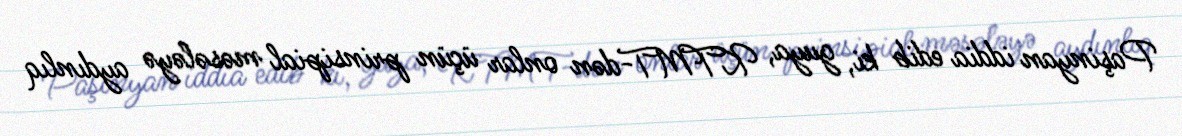
Paşinyan iddia edib ki, guya, KTMT-dən onlar üçün prinsipial məsələyə aydınlıq